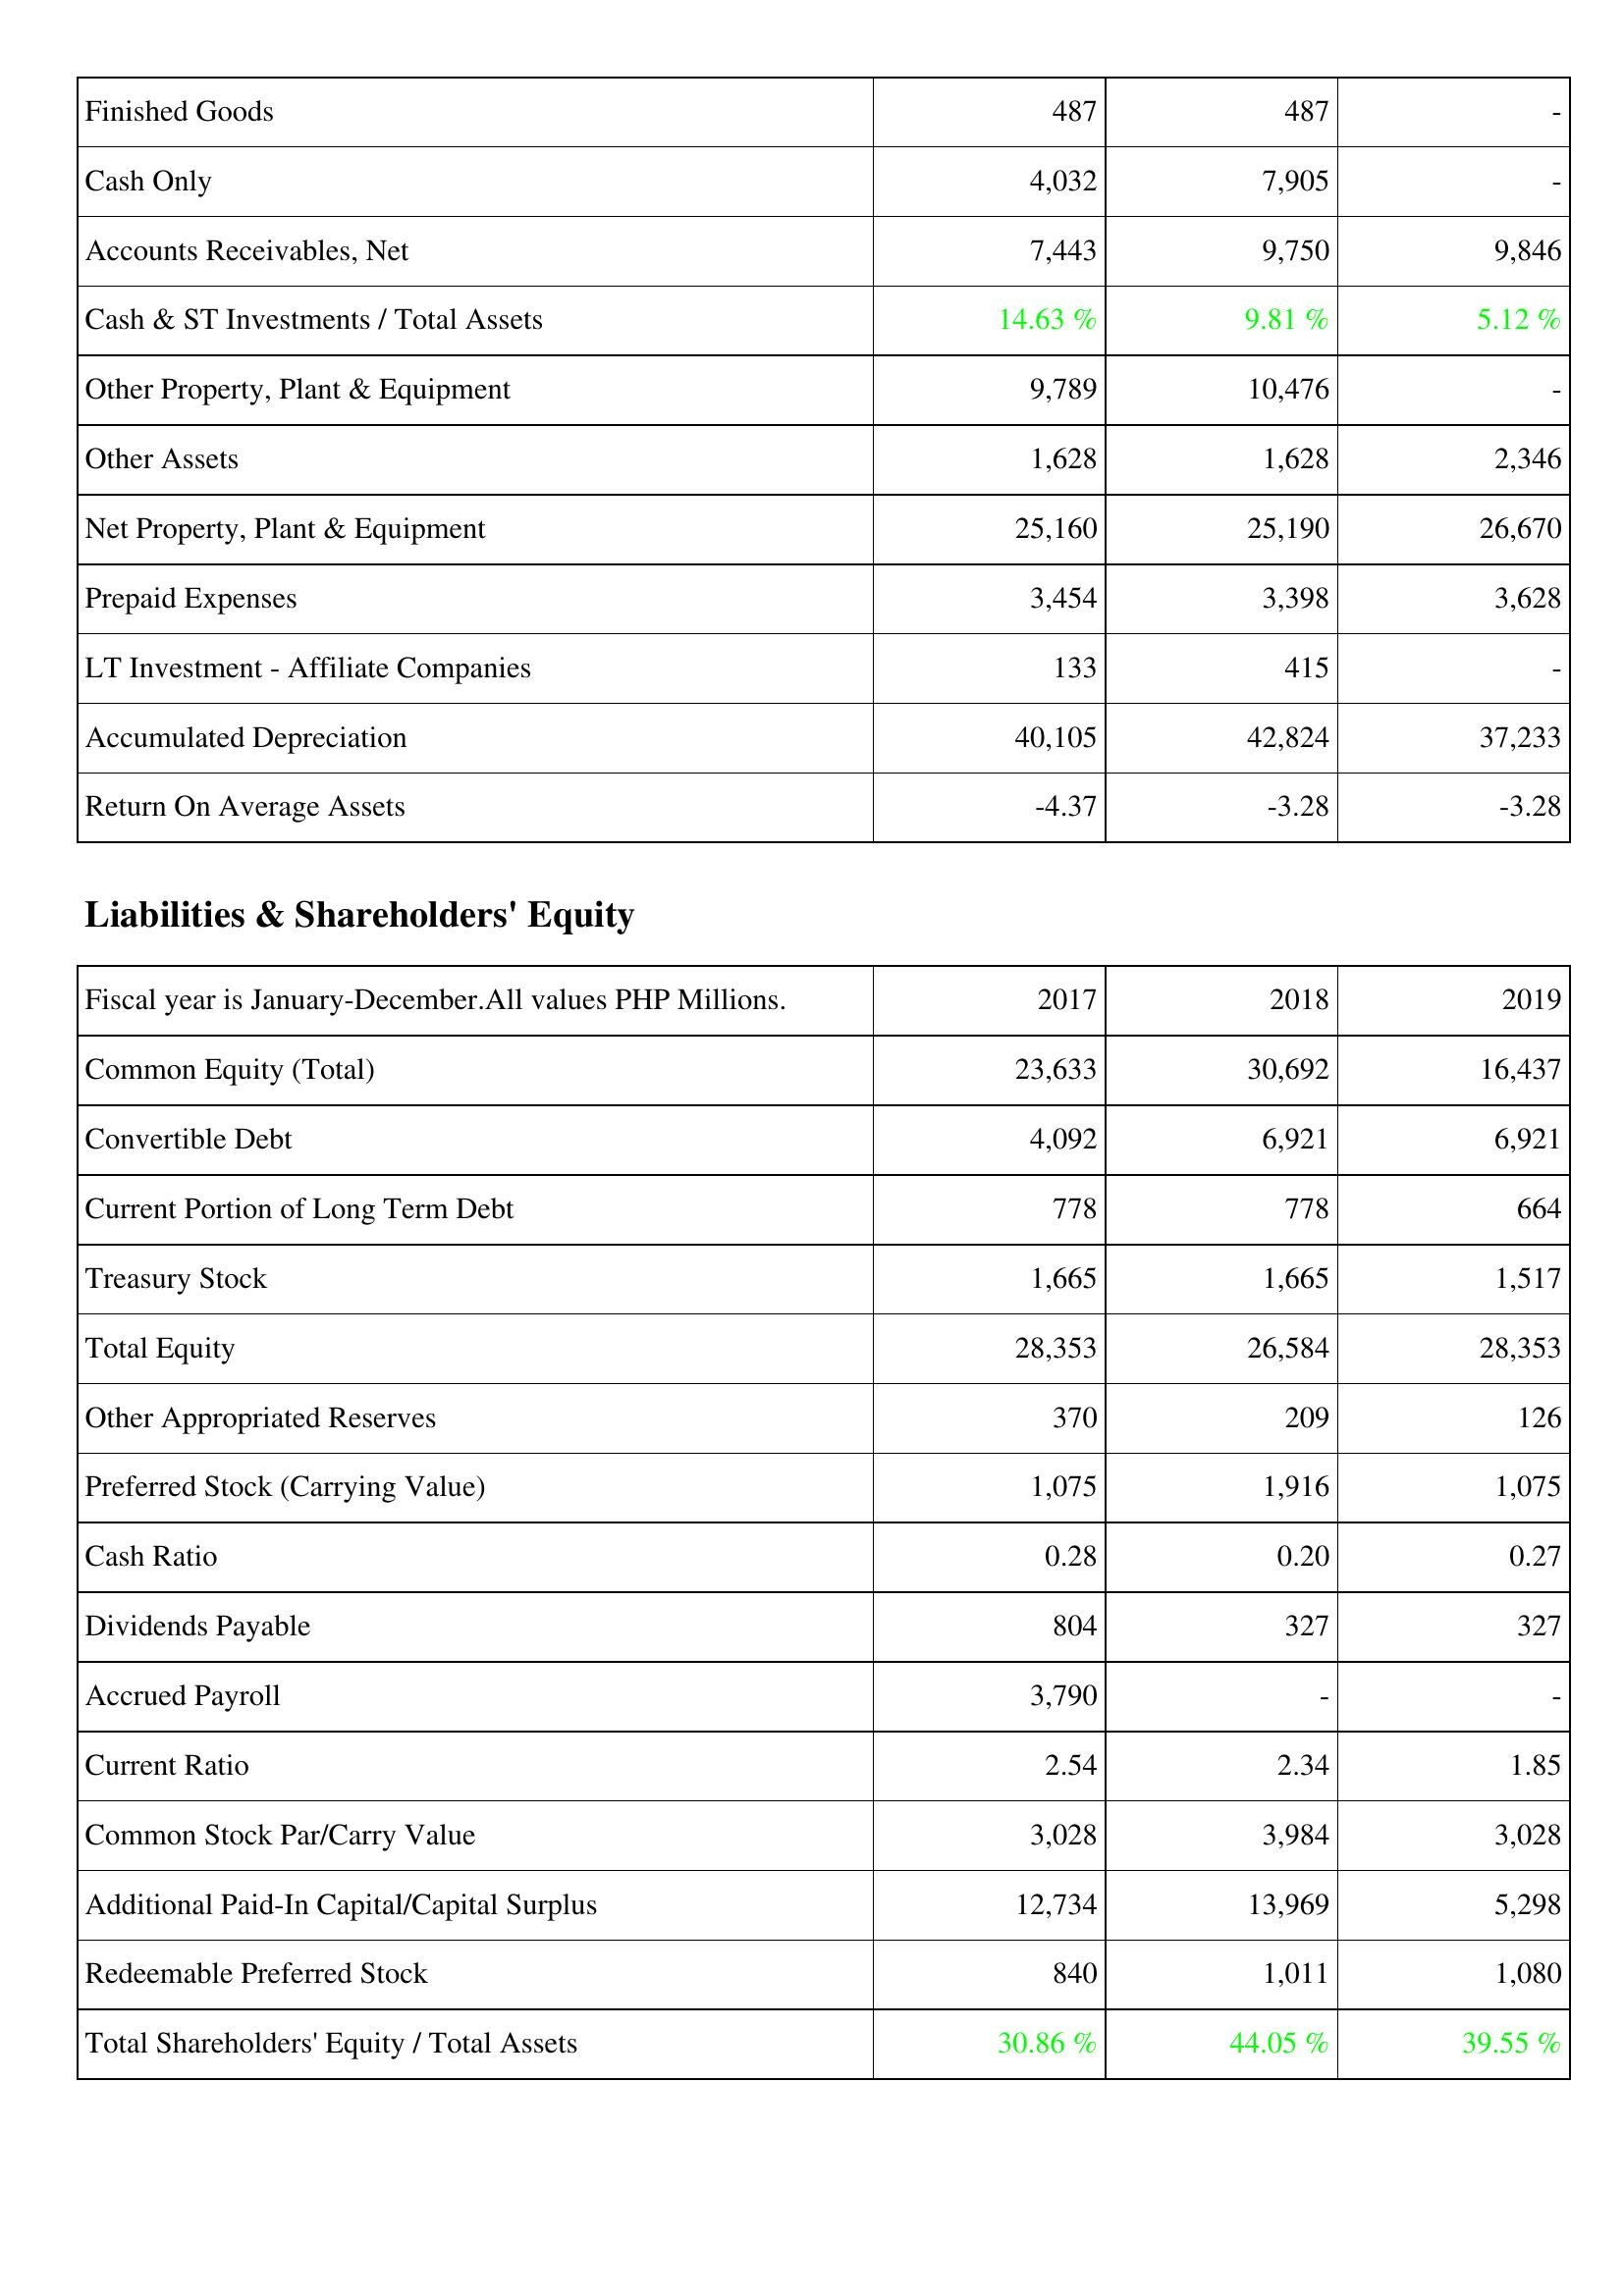
2017: Assets: Finished Goods: 487
Cash Only: 4,032
Accounts Receivables, Net: 7,443
Cash & ST Investments / Total Assets: 14.63 %
Other Property, Plant & Equipment: 9,789
Other Assets: 1,628
Net Property, Plant & Equipment: 25,160
Prepaid Expenses: 3,454
LT Investment - Affiliate Companies: 133
Accumulated Depreciation: 40,105
Return On Average Assets: -4.37
Liabilities & Shareholders' Equity: Common Equity (Total): 23,633
Convertible Debt: 4,092
Current Portion of Long Term Debt: 778
Treasury Stock: 1,665
Total Equity: 28,353
Other Appropriated Reserves: 370
Preferred Stock (Carrying Value): 1,075
Cash Ratio: 0.28
Dividends Payable: 804
Accrued Payroll: 3,790
Current Ratio: 2.54
Common Stock Par/Carry Value: 3,028
Additional Paid-In Capital/Capital Surplus: 12,734
Redeemable Preferred Stock: 840
Total Shareholders' Equity / Total Assets: 30.86 %
2018: Assets: Finished Goods: 487
Cash Only: 7,905
Accounts Receivables, Net: 9,750
Cash & ST Investments / Total Assets: 9.81 %
Other Property, Plant & Equipment: 10,476
Other Assets: 1,628
Net Property, Plant & Equipment: 25,190
Prepaid Expenses: 3,398
LT Investment - Affiliate Companies: 415
Accumulated Depreciation: 42,824
Return On Average Assets: -3.28
Liabilities & Shareholders' Equity: Common Equity (Total): 30,692
Convertible Debt: 6,921
Current Portion of Long Term Debt: 778
Treasury Stock: 1,665
Total Equity: 26,584
Other Appropriated Reserves: 209
Preferred Stock (Carrying Value): 1,916
Cash Ratio: 0.20
Dividends Payable: 327
Accrued Payroll: -
Current Ratio: 2.34
Common Stock Par/Carry Value: 3,984
Additional Paid-In Capital/Capital Surplus: 13,969
Redeemable Preferred Stock: 1,011
Total Shareholders' Equity / Total Assets: 44.05 %
2019: Assets: Finished Goods: -
Cash Only: -
Accounts Receivables, Net: 9,846
Cash & ST Investments / Total Assets: 5.12 %
Other Property, Plant & Equipment: -
Other Assets: 2,346
Net Property, Plant & Equipment: 26,670
Prepaid Expenses: 3,628
LT Investment - Affiliate Companies: -
Accumulated Depreciation: 37,233
Return On Average Assets: -3.28
Liabilities & Shareholders' Equity: Common Equity (Total): 16,437
Convertible Debt: 6,921
Current Portion of Long Term Debt: 664
Treasury Stock: 1,517
Total Equity: 28,353
Other Appropriated Reserves: 126
Preferred Stock (Carrying Value): 1,075
Cash Ratio: 0.27
Dividends Payable: 327
Accrued Payroll: -
Current Ratio: 1.85
Common Stock Par/Carry Value: 3,028
Additional Paid-In Capital/Capital Surplus: 5,298
Redeemable Preferred Stock: 1,080
Total Shareholders' Equity / Total Assets: 39.55 %